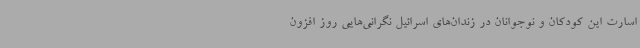
اسارت این کودکان و نوجوانان در زندان‌های اسرائیل نگرانی‌هایی روز افزون